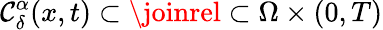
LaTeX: \mathcal{C}_{\delta}^{\alpha}(x,t)\subset\joinrel\subset\Omega\times(0,T)